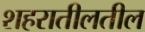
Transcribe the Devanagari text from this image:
शहरातीलतील